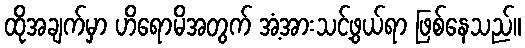
ထိုအချက်မှာ ဟိရောမိအတွက် အံ့အားသင့်ဖွယ်ရာ ဖြစ်နေသည်။